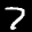
Label: 7